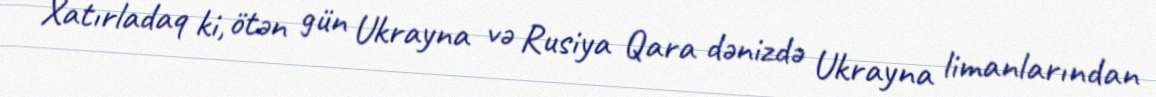
Xatırladaq ki, ötən gün Ukrayna və Rusiya Qara dənizdə Ukrayna limanlarından